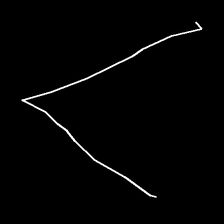
Glyph: region